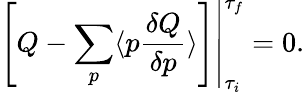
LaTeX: \left.\left[Q-\sum_{p}\langle p{\frac{\delta Q}{\delta p}}\rangle\right]\right|_{{\tau_{i}}}^{\tau_{f}}=0.